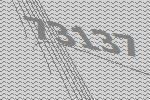
73137